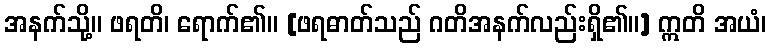
အနက်သို့။ ဖရတိ၊ ရောက်၏။ [ဖရဓာတ်သည် ဂတိအနက်လည်းရှိ၏။] ဣတိ အယံ၊